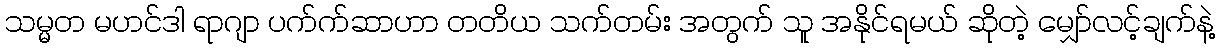
သမ္မတ မဟင်ဒါ ရာဂျာ ပက်က်ဆာဟာ တတိယ သက်တမ်း အတွက် သူ အနိုင်ရမယ် ဆိုတဲ့ မျှော်လင့်ချက်နဲ့